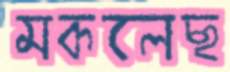
মকলেছ